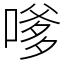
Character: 嗲